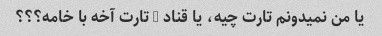
یا من نمیدونم تارت چیه، یا قناد … تارت آخه با خامه؟؟؟